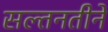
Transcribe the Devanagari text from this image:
सल्तनतीने